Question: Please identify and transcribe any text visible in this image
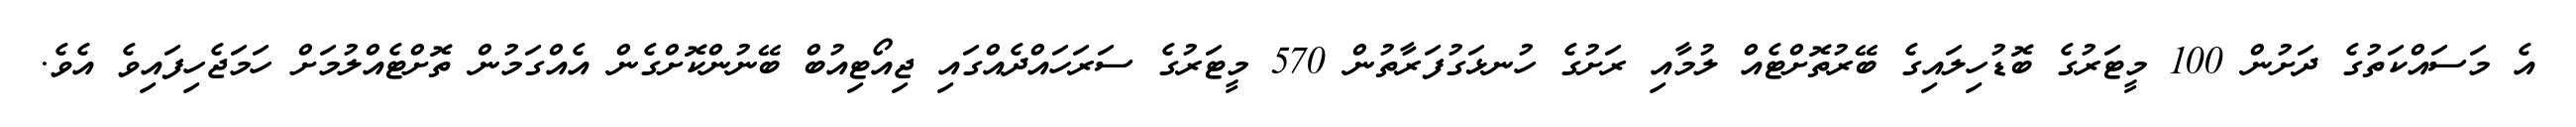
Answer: އެ މަސައްކަތުގެ ދަށުން 100 މީޓަރުގެ ބޮޑުހިލައިގެ ބޭރުތޮށްޓެއް ލުމާއި ރަށުގެ ހުނޅަގުފަރާތުން 570 މީޓަރުގެ ސަރަހައްދެއްގައި ޖިއޯޓިއުބް ބޭނުންކޮށްގެން އެއްގަމުން ތޮށްޓެއްލުމަށް ހަމަޖެހިފައިވެ އެވެ.